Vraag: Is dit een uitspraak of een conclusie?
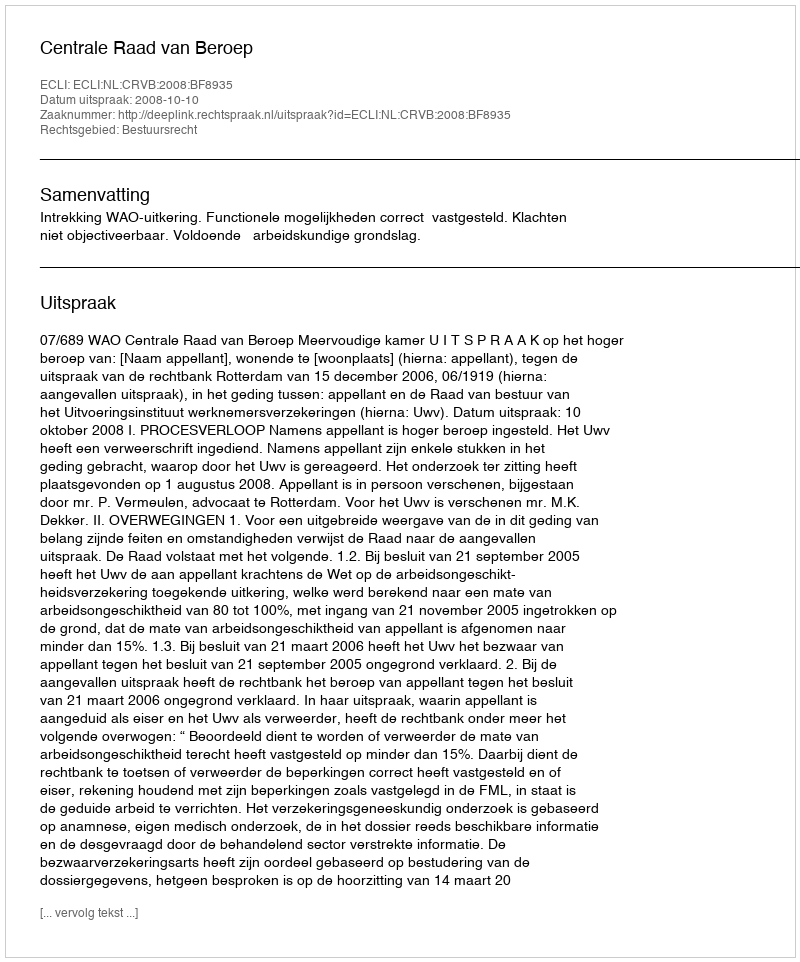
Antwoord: Uitspraak